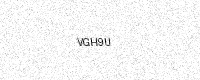
Text: VGH9U